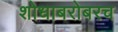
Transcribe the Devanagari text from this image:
शोधाबरोबरच